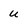
Character: u